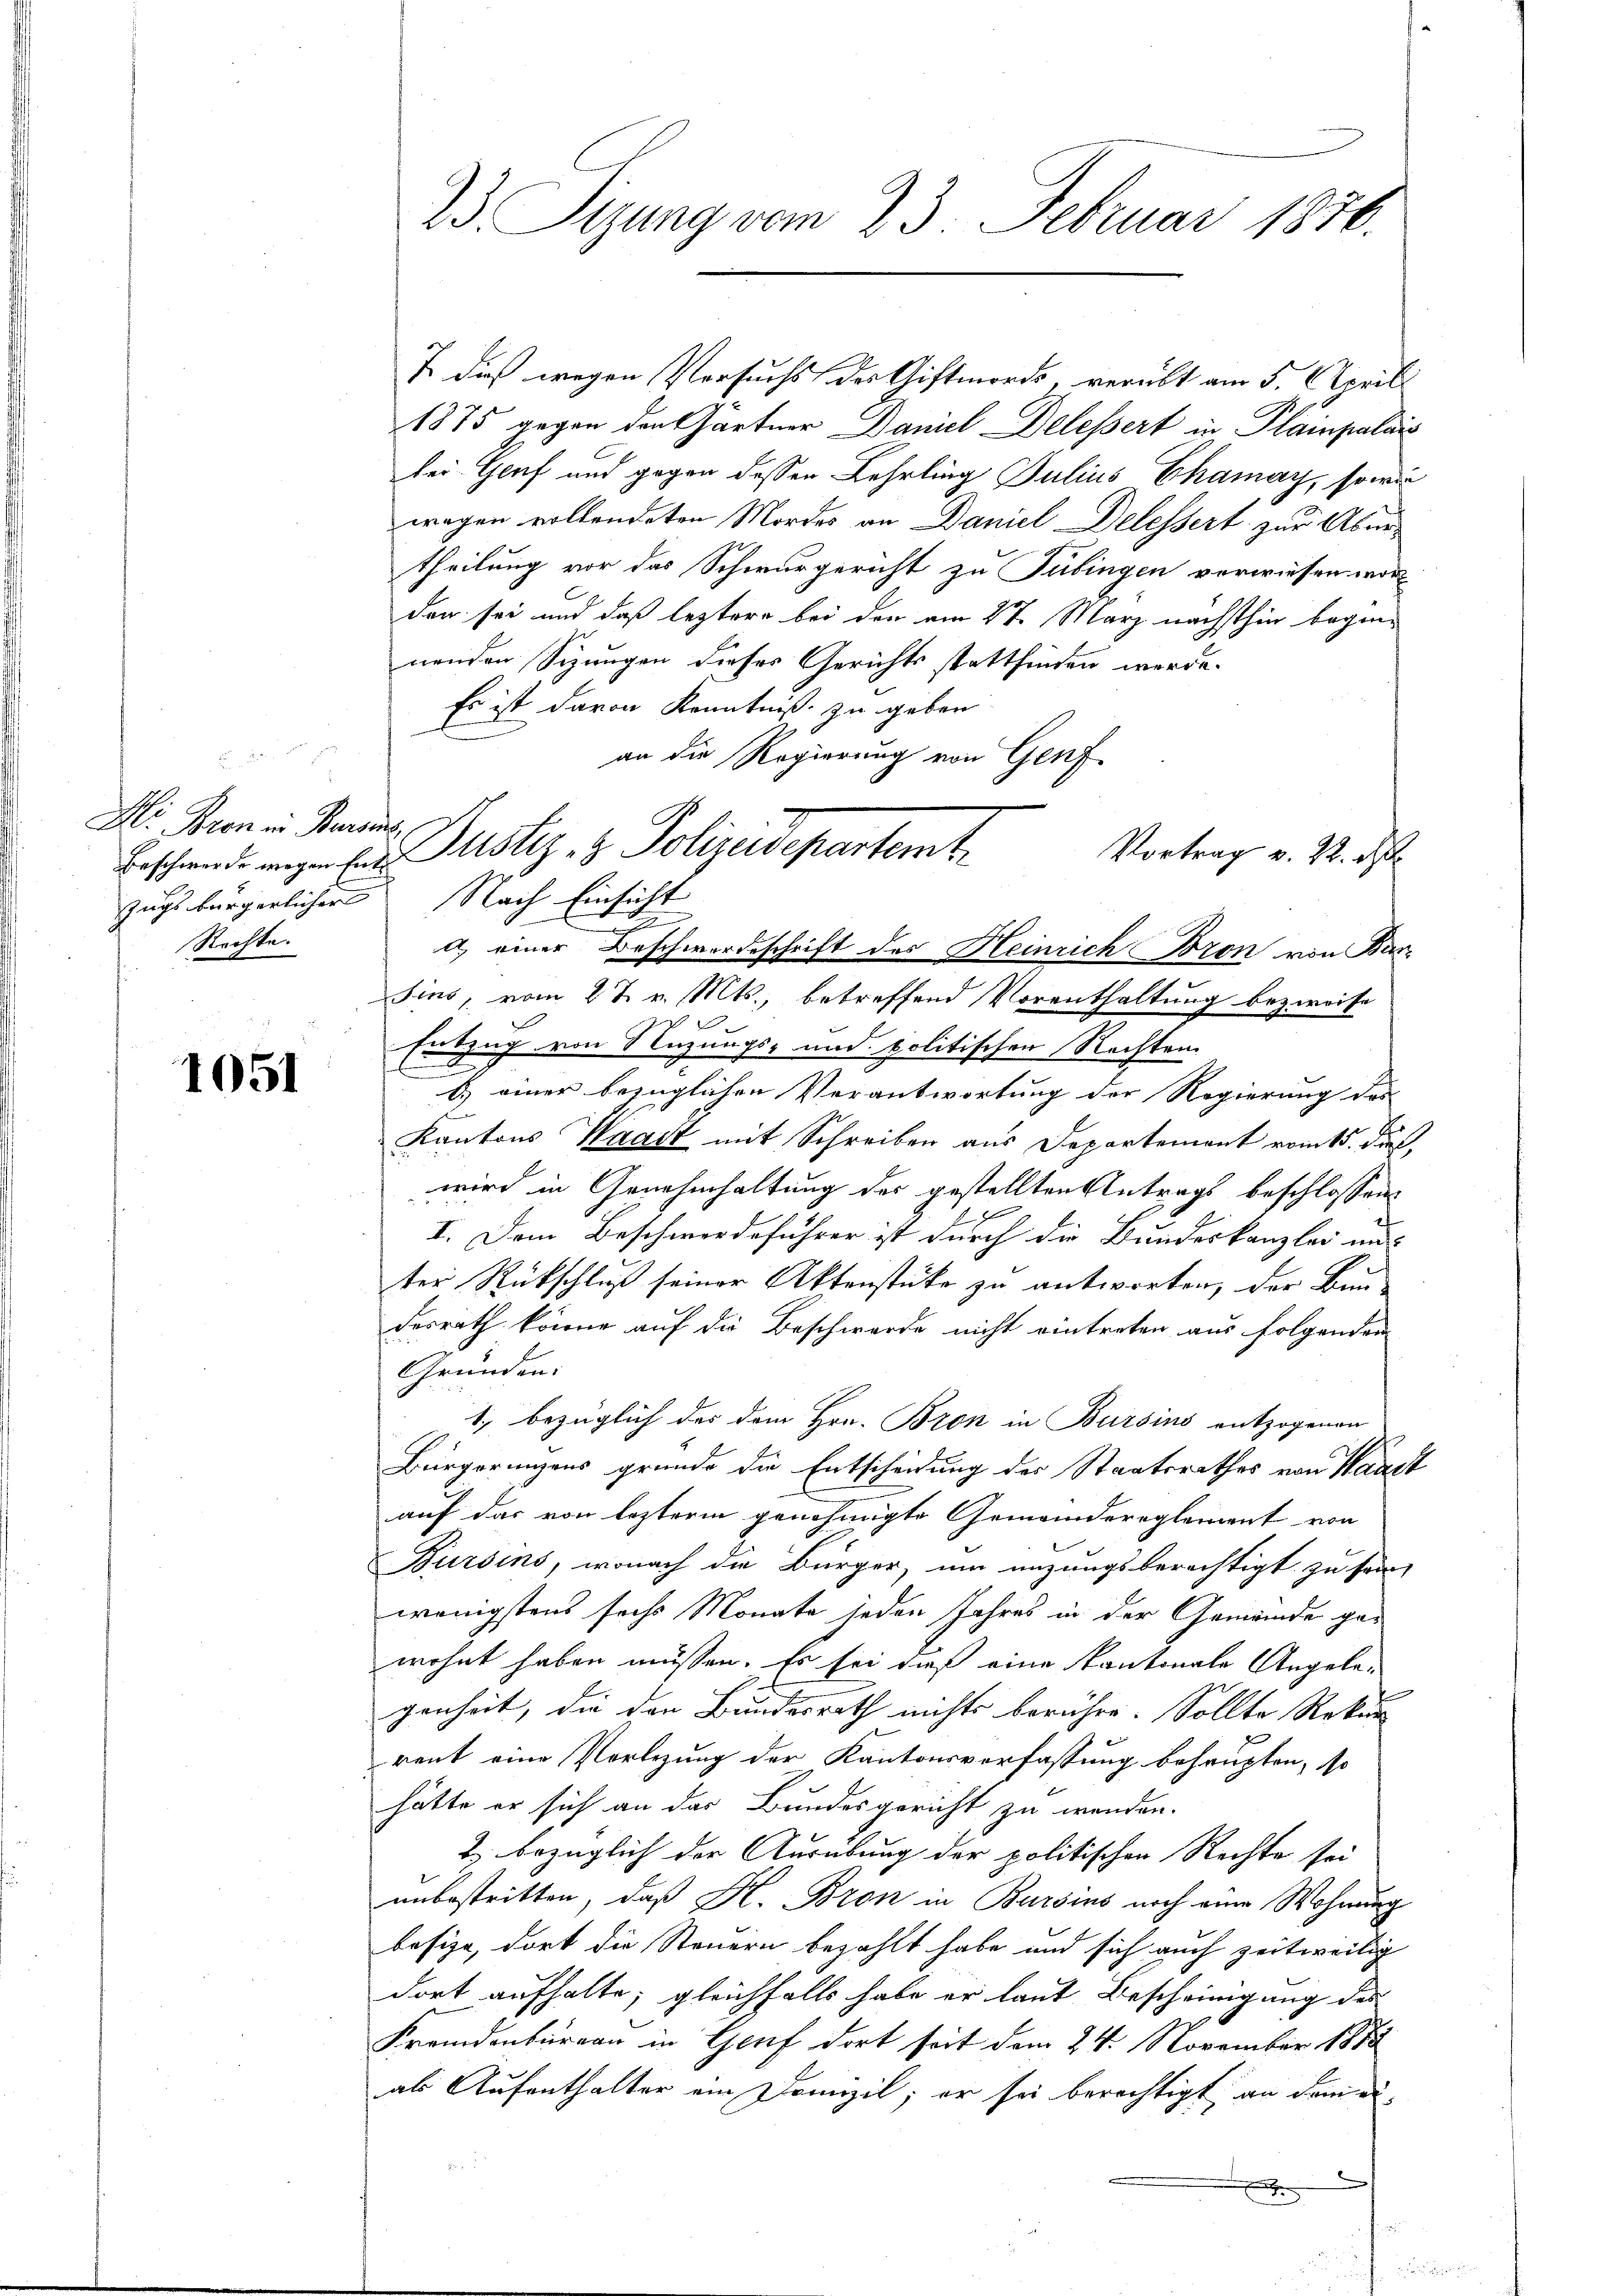
Hr. Bron in Beraus
Rechte.

1051

23. Sizung vom 23. Februar 1870.

T. dies wegen Versuchs der Giftmords, verübt am 5. Aprill
1875 gegen den Gärtner Daniel Delessert in Plainpalar
bei Genf und gegen dessen Lehrling Julius Chamay, so wir
wegen vollendeten Mordes an Daniel Delessert zur Übertheilung vor das Schwurgericht zu Tübingen verwiesen worden
den sei und daß leztere bei der am 27. März nächsthin begin-
nenden Sizungen dieses Gerichts stattfinden werde.
Es ist davon Kenntniß zu geben
an die Regierung von Genf
2
I
a) einer Beschwerdeschrift des Heinrich Bron von Bar-
Sins, vom 27. v. Mts., betreffend Vorenthaltung bezweife
Entzug von Nuzungs- und politischen Nachten.
d.) einer bezüglichen Verantwortung der Regierung des
Kantons Waadt mit Schreiben aus Departement vom 15. dieß,
wird in Genehmhaltung des gestellten Antrags beschlossen
I. Dem Beschwerdeführer ist durch die Bundeskanzlei und
ter Rückschluß seiner Aktenstücke zu antworten, der Bun-
desrath könne auf die Beschwerde nicht eintreten aus folgenden
Gründen:
1. bezüglich des dem Hrn. Bron in Bursins entzogenen
Bürgerungens gründe die Entscheidung des Staatsrathes von Waadt
auf das von letzterm genehmigte Gemeindereglement von
Bursins, wonach die Bürger, um anzungsberechtigt zu sein,
wenigstens sechs Monate jeden Jahres in der Gemeinde gewohnt haben müssen. Es sei daß eine Kantonale Angelegenheit, die den Bundesrath nichts berühre. Sollte Rekur
rent eine Vorlegung der Kantonsverfassung behaupten, so
hätte er sich an das Bundesgericht zu wenden.
T. bezüglich der Ausübung der politischen Rechte sei
unbestritten, daß H. Bron in Bursins noch eine Wohnung
besize, dort die Steuern bezahlt habe und sich auch zeitweilig
dort aufhalte; gleichfalls habe er laut Bescheinigung des
Fremdenbureau in Genf dort seit dem 24. November 1873
als Aufenthalter ein Domizil; er sei berechtigt an dem ei-
m

Vortrag v. 22. d.
Beschwerde wegen Ein Justiz- & Polizeisepartemt
zugs bürgerlicher Nach Einsicht